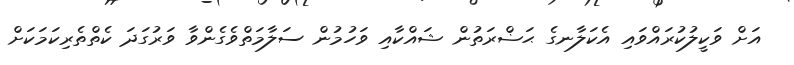
އަށް ވަކީލުކުރައްވައި އެކަލާނގެ ޙަޟްރަތުން ޝައްކާއި ވަހުމުން ސަލާމަތްވެގެންވާ ވަރުގަދަ ކެތްތެރިކަމަކަށް